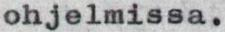
ohjelmissa.